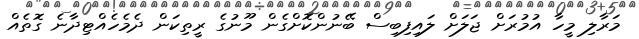
މަރާލި މީހާ އުމުރަށް ޖަލަށް ލައިފިބިސް ބޭނުންކޮށްގެން މޫނުގެ ރީތިކަން ދެމެހެއްޓިދާނެ ގޮތެއް